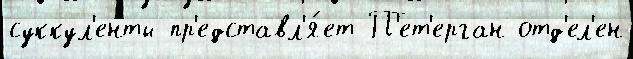
суккул'енты пр'едставл'я́ет П'ет'ерган отд'ел'ен